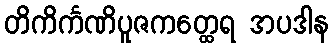
တိကိင်္ကဏိပူဇကတ္ထေရ အပဒါန